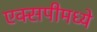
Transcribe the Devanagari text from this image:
एक्सपीमध्ये